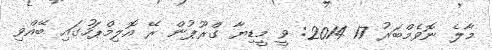
މާލެ ނޮވެމްބަރު 17 2014: ވީ މީޑިޔާ ގްރޫޕުން ރޭ އޮލިމްޕަހުގައި ބޭއްވި